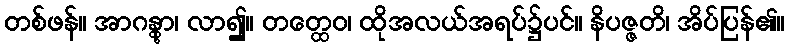
တစ်ဖန်။ အာဂန္တွာ၊ လာ၍။ တတ္ထေဝ၊ ထိုအလယ်အရပ်၌ပင်။ နိပဇ္ဇတိ၊ အိပ်ပြန်၏။